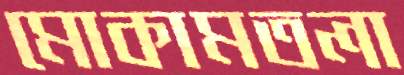
মোকামতলা